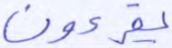
يقرءون